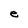
Character: e